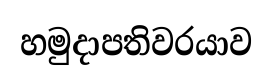
හමුදාපතිවරයාව